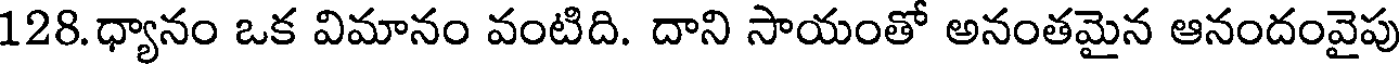
128.ధ్యానం ఒక విమానం వంటిది. దాని సాయంతో అనంతమైన ఆనందంవైపు